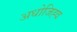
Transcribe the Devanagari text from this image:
अधोजिह्व